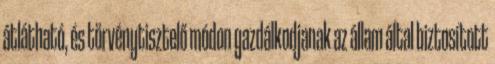
átlátható, és törvénytisztelő módon gazdálkodjanak az állam által biztosított